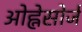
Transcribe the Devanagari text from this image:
ओह्नेसोर्ज